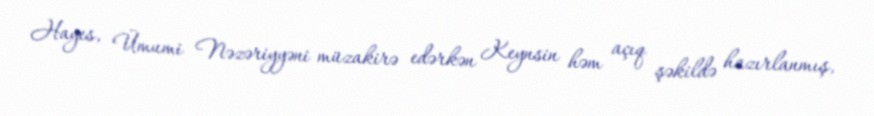
Hayes, Ümumi Nəzəriyyəni müzakirə edərkən Keynsin həm açıq şəkildə hazırlanmış,